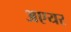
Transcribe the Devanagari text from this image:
अएयर